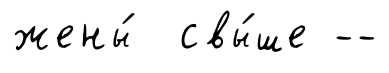
жены́ свы́ше --